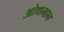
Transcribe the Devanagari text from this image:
ओथमान